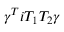
\gamma ^ { T } i T _ { 1 } T _ { 2 } \gamma